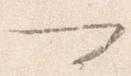
可